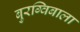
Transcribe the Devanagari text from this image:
बुरग्विबाला